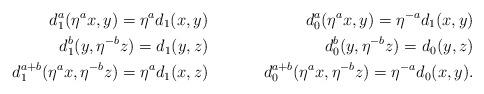
LaTeX: \begin{align*} d^{a}_1(\eta^a x, y)=\eta^a d_1( x,y ) &\quad& d^{a}_0(\eta^a x, y)=\eta^{-a} d_1(x,y)\\ d^{b}_1 (y,\eta^{-b}z) = d_{1}(y,z) &\quad& d^{b}_0 (y,\eta^{-b}z) = d_{0}(y,z)\\ d_{1}^{a+b}(\eta^a x, \eta^{-b}z) = \eta^a d_1(x,z) &\quad& d_{0}^{a+b}(\eta^a x, \eta^{-b}z) = \eta^{-a} d_0(x,y).\end{align*}